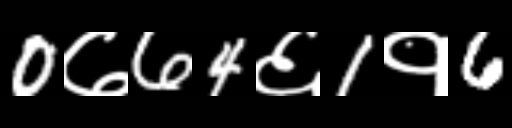
Text: 0७64६1१6